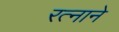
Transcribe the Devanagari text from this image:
रत्नाने